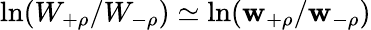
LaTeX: \ln(W_{+\rho}/W_{-\rho})\simeq\ln(\mathbf{w}_{+\rho}/\mathbf{w}_{-\rho})